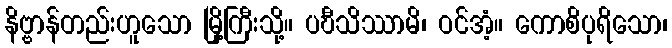
နိဗ္ဗာန်တည်းဟူသော မြို့ကြီးသို့။ ပဎီသိဿာမိ၊ ဝင်အံ့။ ကောစိပုရိသော၊